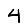
Digit: 4